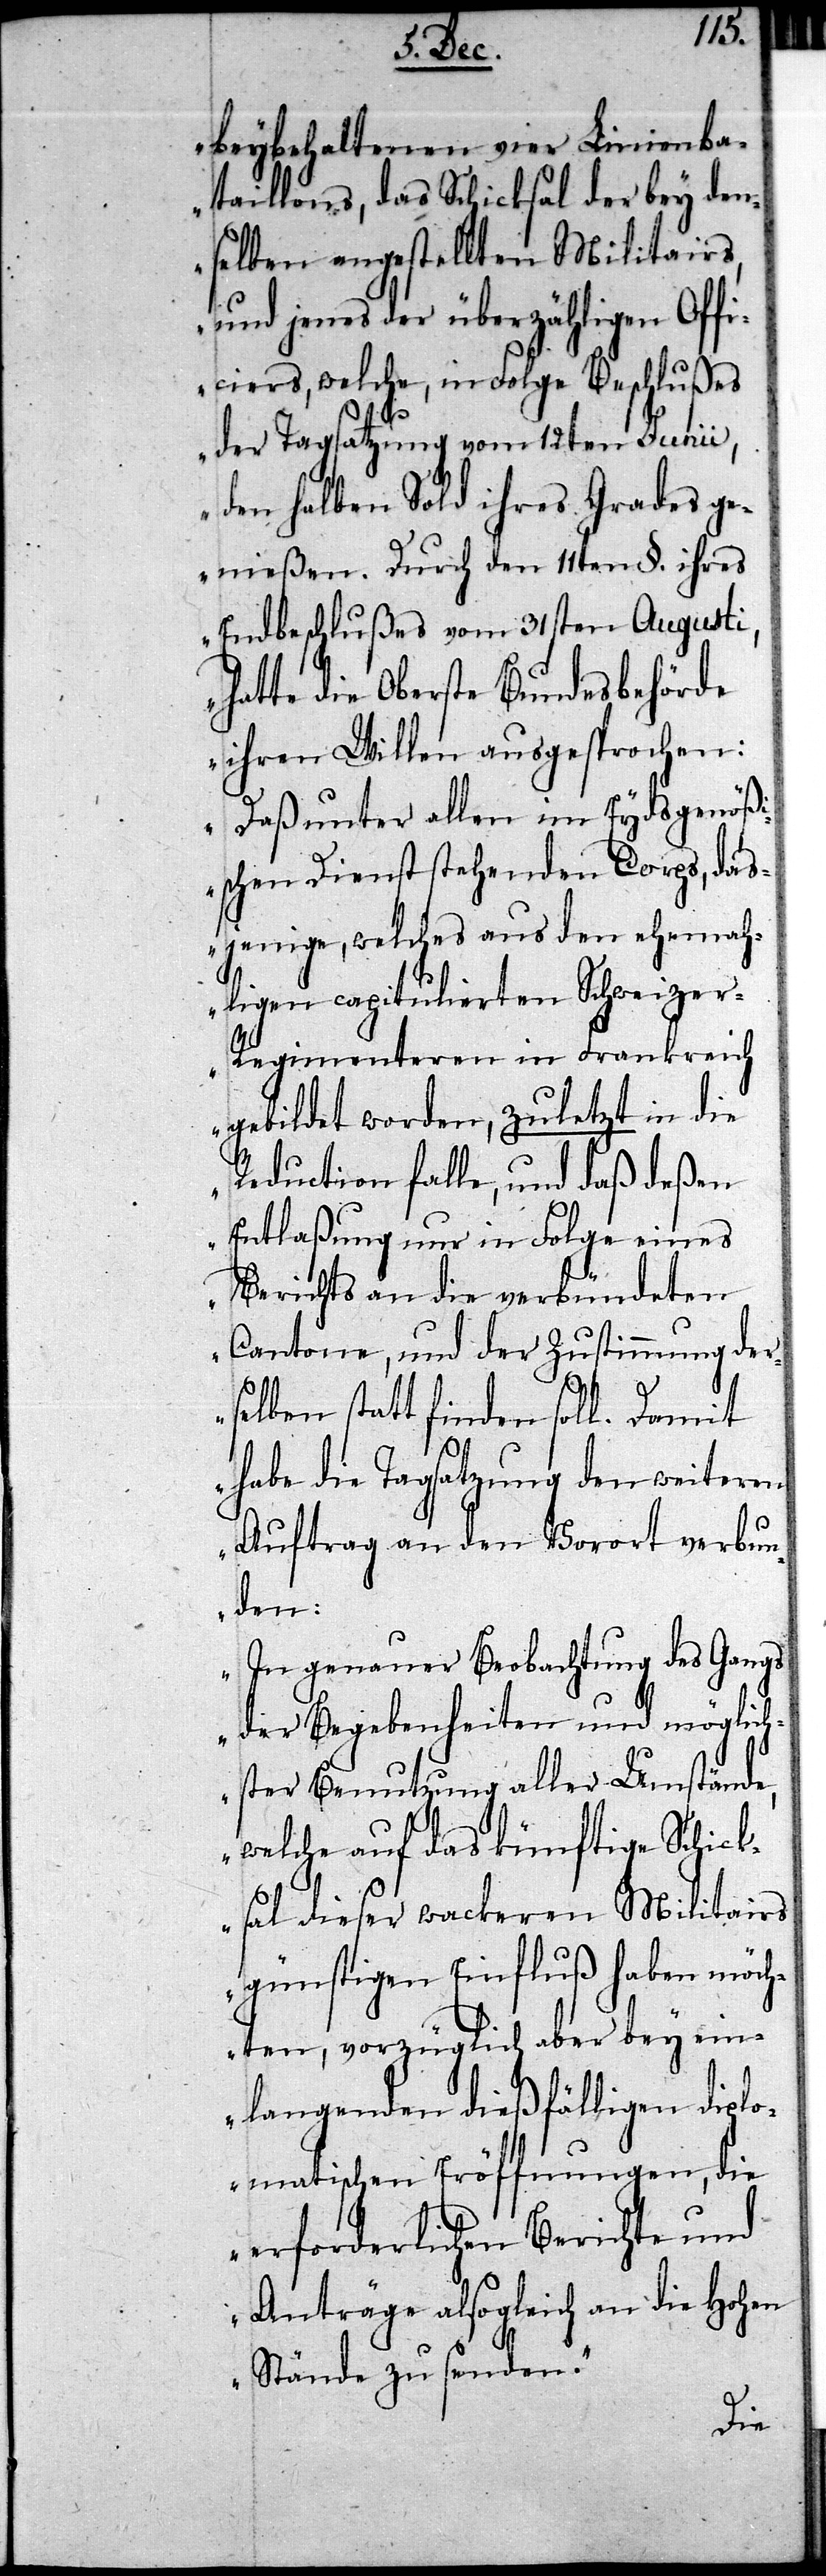
beybehaltenen vier Linien-Ba¬
taillons, das Schicksal der bey den¬
selben angestellten Militairs,
und jenes der überzähligen Offi¬
ciers, welche, in Folge Beschlußes
der Tagsatzung vom 12ten Junii,
den halben Sold ihres Grades ge¬
nießen. Durch den 11ten §. ihres
Endbeschlußes vom 31sten Augusti,
hatte die Oberste Bundesbehörde
ihren Willen ausgesprochen:
Daß unter allen im Eydsgenößi¬
schen Dienst stehenden Corps, das¬
jenige, welches aus den ehemah¬
ligen capitulierten Schweize¬
r-Regimenteren in Frankreich
gebildet worden, zuletzt in die
Reduction falle, und daß deßen
Entlaßung nur in Folge eines
Berichts an die verbündeten
Cantone, und der Zustimmung der¬
selben stattfinden soll. Damit
habe die Tagsatzung den weiteren
Auftrag an den Vorort verbun¬
den:
In genauer Beobachtung des Gangs
der Begebenheiten und möglich¬
ster Benutzung aller Umstände,
welche auf das künftige Schick¬
sal dieser wackeren Militairs
günstigen Einfluß haben möch¬
ten, vorzüglich aber bey ein¬
langenden dießfälligen diplo¬
matischen Eröffnungen, die
erforderlichen Berichte und
Anträge alsogleich an die Hohen
Stände zu senden.